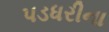
પડધરીના